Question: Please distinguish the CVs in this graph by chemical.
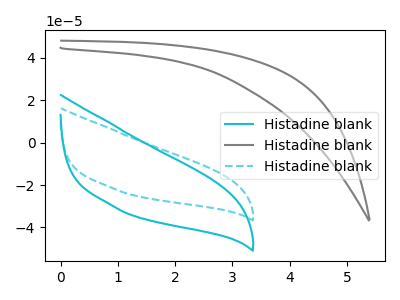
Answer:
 <answer>The cyan curve is labeled "Histadine blank1". The gray curve is labeled "Histadine blank2". The cyan dashed curve is labeled "Histadine blank3".</answer>
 <eval></eval>